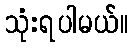
သုံးရပါမယ်။